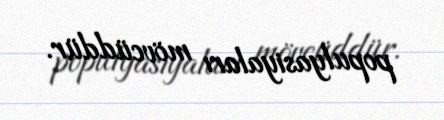
populyasiyaları mövcüddür.